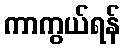
ကာကွယ်ရန်